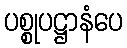
ပစ္စုပဋ္ဌာနံပေ